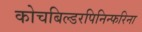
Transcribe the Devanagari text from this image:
कोचबिल्डरपिनिन्फरिना